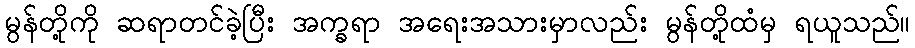
မွန်တို့ကို ဆရာတင်ခဲ့ပြီး အက္ခရာ အရေးအသားမှာလည်း မွန်တို့ထံမှ ရယူသည်။